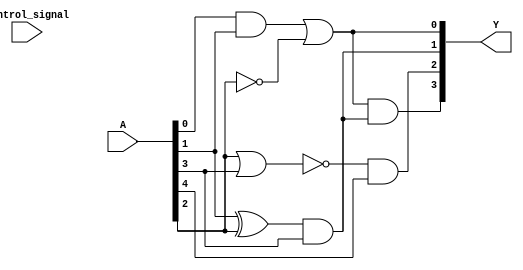
module combinational_logic_block (
    input wire [n:0] A,       // Input vector
    input wire control_signal, // Control signal for group activation
    output wire [m:0] Y       // Output vector
);

// Parameter definitions
parameter n = 7; // Number of input lines (0 to 7)
parameter m = 3; // Number of output lines (0 to 3)
parameter M = 3; // Number of overlapping groups

// Intermediate signals for each group
wire group1_out, group2_out, group3_out;

// Group 1: Operates on A[0], A[1], A[2]
assign group1_out = (A[0] & A[1]) | (~A[2]); // Example logic: (A0 AND A1) OR (NOT A2)

// Group 2: Operates on A[1], A[2], A[3]
assign group2_out = (A[1] ^ A[2]) & A[3]; // Example logic: (A1 XOR A2) AND A3

// Group 3: Operates on A[2], A[3], A[4]
assign group3_out = ~(A[2] | A[3]) & A[4]; // Example logic: (NOT (A2 OR A3)) AND A4

// Output logic based on group outputs
assign Y[0] = group1_out; // Output from Group 1
assign Y[1] = group2_out; // Output from Group 2
assign Y[2] = group3_out; // Output from Group 3
assign Y[3] = group1_out & group2_out; // Example of combining outputs from groups

endmodule